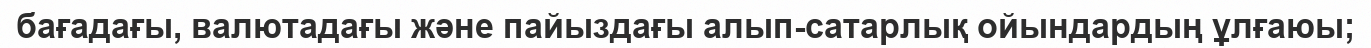
бағадағы, валютадағы және пайыздағы алып-сатарлық ойындардың ұлғаюы;